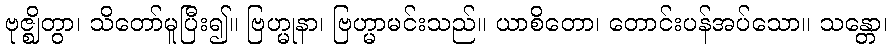
ဗုဇ္ဈိတွာ၊ သိတော်မူပြီး၍။ ဗြဟ္မုနာ၊ ဗြဟ္မာမင်းသည်။ ယာစိတော၊ တောင်းပန်အပ်သော။ သန္တော၊